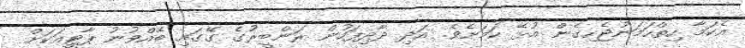
އެކަމާ ހިތްހަމަނުޖެހިގެން އުޅޭ ކަމަށެވެ. އަދި ދާދިފަހުން ރަންބީރުގެ ގޭގައި ބޭއްވުނު ޕާޓީއަކަށް